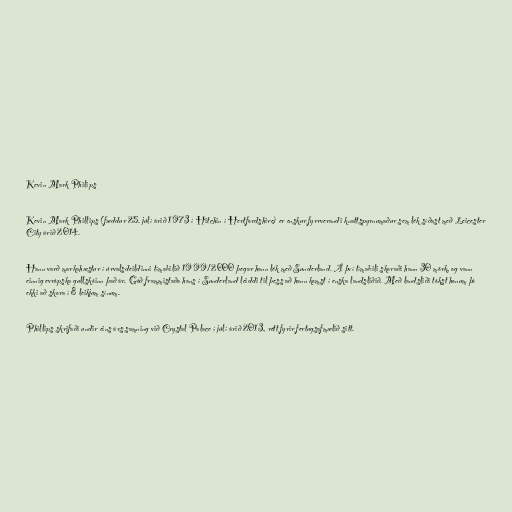
Kevin Mark Philips

Kevin Mark Phillips (fæddur 25. júlí árið 1973 í Hitchin í Hertfordshire) er enskur fyrrverandi knattspyrnumaður sem lék síðast með Leicester
City árið 2014.

Hann varð markahæstur í úrvalsdeildinni tímabilið 1999/2000 þegar hann lék með Sunderland. Á því tímabili skoraði hann 30 mörk, og vann
einnig evrópska gullskóinn það ár. Góð frammistaða hans í Sunderland leiddi til þess að hann komst í enska landsliðið. Með landsliði tókst honum þó
ekki að skora í 8 leikjum sínum.

Phillips skrifaði undir eins árs samning við Crystal Palace í júlí árið 2013, rétt fyrir fertugsafmælið sitt.